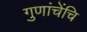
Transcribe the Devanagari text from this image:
गुणांचेंचि